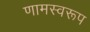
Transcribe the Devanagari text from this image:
णामस्वरूप